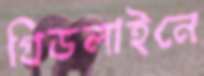
গ্রিডলাইনে